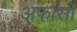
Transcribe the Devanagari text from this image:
अफ़ोंसो